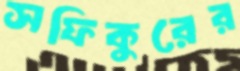
সফিকুরের